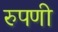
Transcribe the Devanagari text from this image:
रुपणी